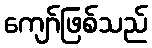
ကျော်ဖြစ်သည်